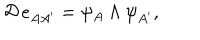
{ \cal { D } } \, e _ { A A ^ { \prime } } = \psi _ { A } \wedge \psi _ { A ^ { \prime } } ,